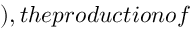
) , t h e p r o d u c t i o n o f